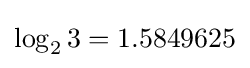
{\textstyle \log _{2}3=1.5849625}